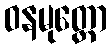
ဝနမုတ္တော